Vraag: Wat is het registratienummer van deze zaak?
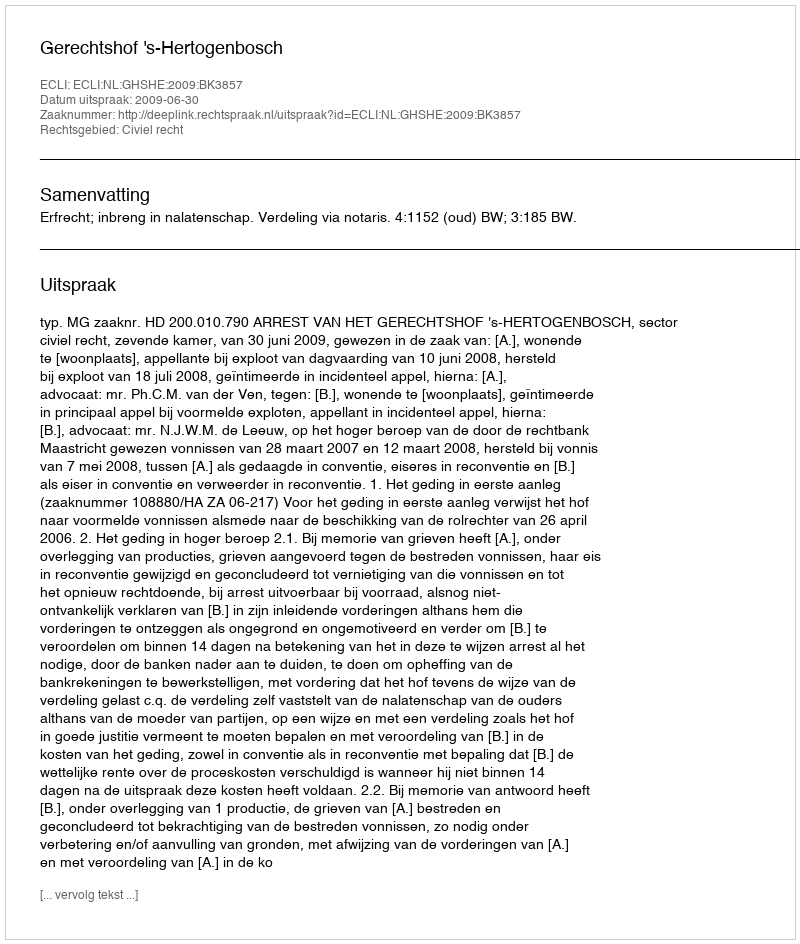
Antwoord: http://deeplink.rechtspraak.nl/uitspraak?id=ECLI:NL:GHSHE:2009:BK3857